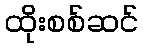
ထိုးစစ်ဆင်